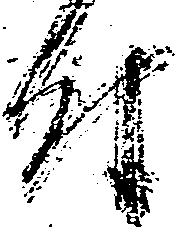
付